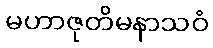
မဟာဇုတိမနာသဝံ